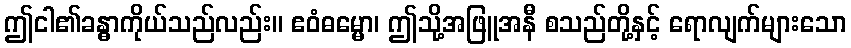
ဤငါ၏ခန္ဓာကိုယ်သည်လည်း။ ဧဝံဓမ္မော၊ ဤသို့အဖြူအနီ စသည်တို့နှင့် ရောလျက်များသော